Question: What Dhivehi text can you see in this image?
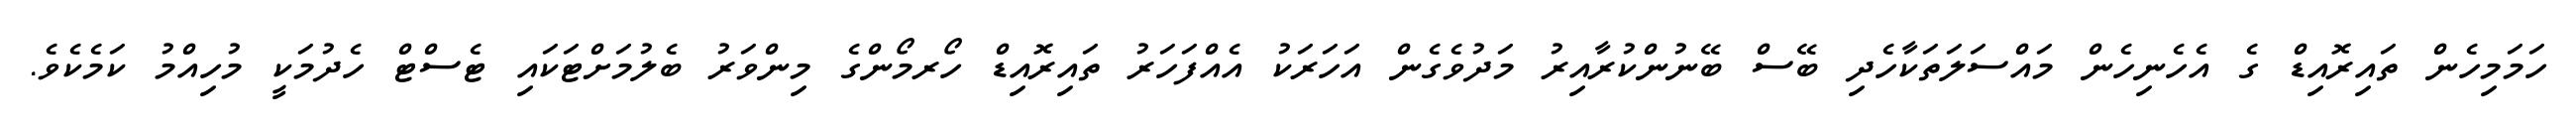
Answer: ހަމަމިހެން ތައިރޮއިޑް ގެ އެހެނިހެން މައްސަލަތަކާހެދި ބޭސް ބޭނުންކުރާއިރު މަދުވެގެން އަހަރަކު އެއްފަހަރު ތައިރޮއިޑް ހޯރމޯންގެ މިންވަރު ބެލުމަށްޓަކައި ޓެސްޓް ހެދުމަކީ މުހިއްމު ކަމެކެވެ.